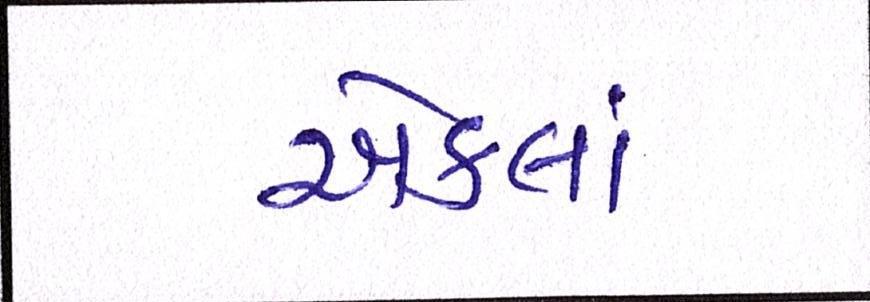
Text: એકલાં